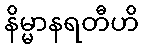
နိမ္မာနရတီဟိ